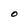
Character: O